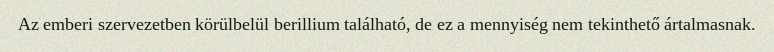
Az emberi szervezetben körülbelül berillium található, de ez a mennyiség nem tekinthető ártalmasnak.